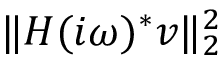
\| \b { H } ( i \omega ) ^ { * } \b { v } \| _ { 2 } ^ { 2 }